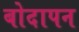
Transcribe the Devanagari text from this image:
बोदापन